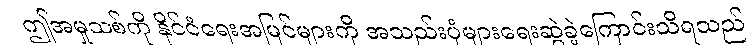
ဤအမှုသစ်ကို နိုင်ငံရေးအမြင်များကို အသည်းပုံများရေးဆွဲခဲ့ကြောင်းသိရသည်